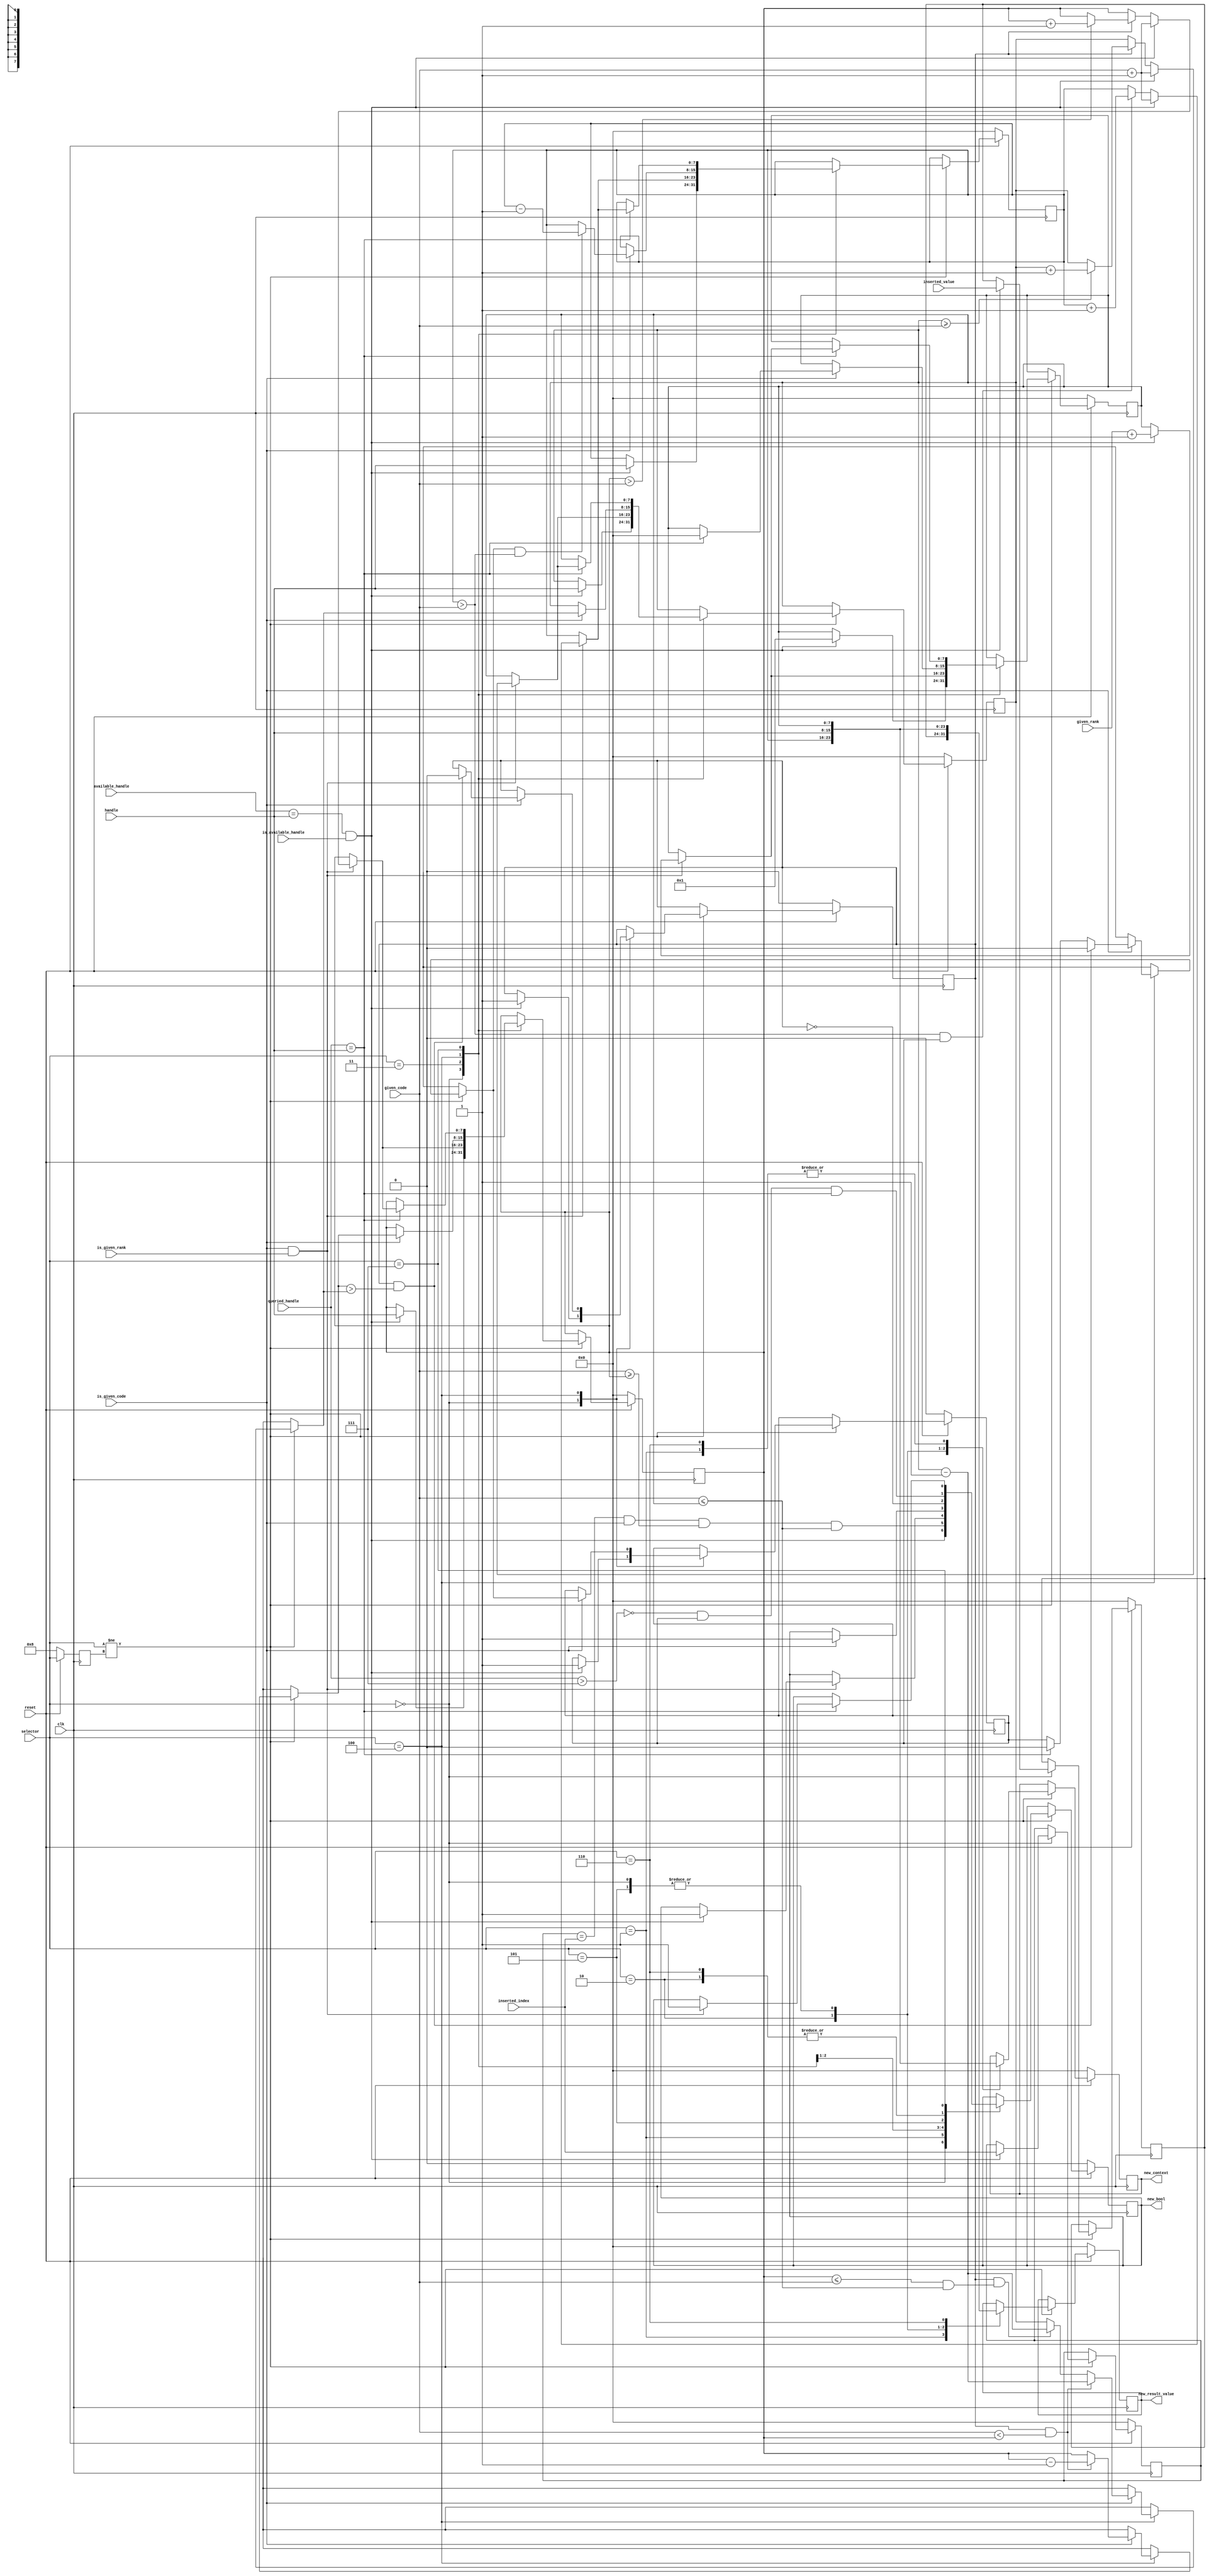
`timescale 1ns / 1ps
//////////////////////////////////////////////////////////////////////////////////
// Company: 
// Engineer: 
// 
// Design Name: 
// Module Name: MemoryCell
// Project Name: 
// Target Devices: 
// Tool Versions: 
// Description: 
// 
// Dependencies: 
// 
// Revision:
// Revision 0.01 - File Created
// Additional Comments:
// 
//////////////////////////////////////////////////////////////////////////////////


module MemoryCell(
        input[0:0] clk,
        input[0:0] reset,
        input[7:0] handle,
        input[7:0] queried_handle,
        input[0:0] is_available_handle,
        input[7:0] available_handle,
        input[7:0] inserted_index,
        input[7:0] inserted_value,
        input[0:0] is_given_code,
        input[7:0] given_code,
        input[0:0] is_given_rank,
        input[7:0] given_rank,
        input[7:0] selector,
        output reg[0:0] new_bool,
        output reg[7:0] new_result_value,
        output reg[7:0] new_context
    );
     
     reg[0:0] new_arrDef;
     reg[0:0] new_arrDef_next;
     reg[7:0] new_array_code; 
     reg[7:0] new_array_code_next;
     reg[0:0] new_eltDef;
     reg[0:0] new_eltDef_next;
     reg[7:0] new_rank;
     reg[7:0] new_rank_next;
     reg[7:0] new_low;
     reg[7:0] new_low_next;
     reg[7:0] new_high;
     reg[7:0] new_high_next;
     reg[7:0] new_index;
     reg[7:0] new_index_next;
     reg[7:0] new_value;
     reg[7:0] new_value_next;
     reg[0:0] new_bool_next;
     reg[7:0] new_result_value_next;
     reg[7:0] new_context_next;
     reg[7:0] prev_selector;
     reg[7:0] prev_selector_next;
     
    //Map
    // 0 : update  
    // 1 : lookUpScan    
    // 2: encode     
    // 3: congrueUp 
    // 4: congrueDown
    // 5: markAvailableCell
    // 6: enrank
    // 7: debug
     
     
     
    always @ (posedge clk)
        begin
                if (reset == 1'b0) begin
                    new_arrDef <= 1'b0;
                    new_array_code <= 0;
                    new_eltDef <= 1'b0;
                    new_rank <= 0;
                    new_low <= 0;
                    new_high <= 0;
                    new_index <= 0;
                    new_value <= 0;
                    
                    new_result_value <= 8'b0;
                    new_bool <= 1'b0;  
                    new_context <= 8'b0;
                    prev_selector <= 8'b1000;
                end else begin  
                      new_arrDef <= new_arrDef_next;
                      new_array_code <= new_array_code_next;
                      new_eltDef <= new_eltDef_next;
                      new_rank <= new_rank_next;
                      new_low <= new_low_next;
                      new_high <= new_high_next;
                      new_index <= new_index_next;
                      new_value <= new_value_next; 
                      new_bool <= new_bool_next;
                      new_result_value <= new_result_value_next;
                      new_context <= new_context_next;
                      prev_selector <= prev_selector_next;
               end
    end
                
    
    
    
    always @(*) begin
               new_arrDef_next = new_arrDef;
               new_array_code_next = new_array_code;
               new_eltDef_next = new_eltDef;
               new_low_next = new_low;
               new_high_next = new_high;
               new_value_next = new_value;
               new_index_next = new_index;
               new_rank_next = new_rank;
               new_bool_next = new_bool;
               new_result_value_next = new_result_value;
               new_context_next = new_context;
               prev_selector_next = selector; 
               if (selector != prev_selector) begin  
                    case (selector)
                        0: begin
                            new_bool_next = (available_handle == handle && is_available_handle);
                   
                            if (new_bool_next) begin  
                                new_arrDef_next = 1'b1;
                                new_array_code_next = handle;
                                new_eltDef_next = 1'b1;
                                new_low_next = handle;
                                new_high_next = handle;
                                new_value_next = inserted_value;
                                new_index_next = inserted_index;
                                new_rank_next = 1;
                            end   
                            new_result_value_next = handle;
                            new_context_next = handle;
                        end
                        
                        1: begin
                            new_bool_next = (new_index_next == inserted_index) && is_given_code && (given_code >= new_low_next) && (given_code <= new_high_next);
                            new_result_value_next = new_value_next;
                            new_context_next = new_rank_next;
                        
                        end
                   
                        2: begin
                            new_bool_next = (!(queried_handle > 7)) && (new_arrDef_next) && (queried_handle  == handle);
                            new_result_value_next = new_array_code_next;
                            new_context_next = new_array_code_next;
                        end
                        
                        3: begin
                            if (is_given_code && is_given_rank) begin 
                                if (available_handle == handle && is_available_handle) begin  
                                    new_bool_next = 1'b1; // allows so that output of this is equivalent to preceding op, update 
                                    new_array_code_next = given_code + 1;
                                    new_high_next = given_code + 1;
                                    new_low_next = given_code + 1;
                                    new_rank_next = given_rank + 1;
                                end else begin     
                                    if (new_array_code_next > given_code && new_arrDef_next) begin 
                                        new_array_code_next = new_array_code_next + 1;
                                    end
                                    if (new_eltDef_next) begin 
                                        if (new_low_next > given_code) begin 
                                            new_low_next = new_low_next + 1;
                                        end
                                        if (new_high_next >= given_code) begin 
                                            new_high_next = new_high_next + 1;
                                        end
                                    end
                                end
                            end
                        end
                        
                        4: begin
                            if (is_given_code) begin  
                                new_bool_next = 1'b1;
                                if (queried_handle == handle) begin    
                                    new_arrDef_next = 1'b0;
                                    new_rank_next = 0;
                                end
                           
                                if (new_eltDef_next && given_code < new_low_next) begin  
                                    new_high_next = new_high_next - 1;
                                    new_low_next = new_low_next - 1;
                                end else begin   
                                    if (new_eltDef_next && (new_low_next <= given_code && given_code <= new_high_next)) begin 
                                        new_high_next = new_high_next - 1;
                                    end
                                end
                                if (new_eltDef_next && new_low_next > new_high_next) begin 
                                    new_eltDef_next = 1'b0;
                                    new_arrDef_next = 1'b0;
                                end
                                if (new_arrDef_next && new_array_code_next > given_code) begin 
                                    new_array_code_next = new_array_code_next - 1;
                                end
    
                            end
                        end
                    
                        5: begin
                            new_bool_next = ! new_eltDef_next;
                            new_result_value_next = handle;
                            new_context_next = handle;
                        end
    
                        6: begin   
                            new_bool_next = (!(queried_handle > 7)) && (new_arrDef_next) && (queried_handle == handle);
                            new_result_value_next = new_rank_next;
                            new_context_next = new_rank_next;
                        end
                        
                        7: begin
                            if (queried_handle == handle) begin    
                                if (is_given_code && is_given_rank) begin 
                                    new_bool_next = 1'b1;
                                    if (available_handle == handle && is_available_handle) begin   
                                        new_array_code_next = given_code + 1;
                                        new_high_next = given_code + 1;
                                        new_low_next = given_code + 1;
                                        new_rank_next = given_rank + 1;
                                    end else begin     
                                        if (new_array_code_next > given_code && new_arrDef_next) begin 
                                            new_array_code_next = new_array_code_next + 1;
                                        end
                                        if (new_eltDef_next) begin 
                                            if (new_low_next > given_code) begin 
                                                new_low_next = new_low_next + 1;
                                            end
                                            if (new_high_next >= given_code) begin 
                                                new_high_next = new_high_next + 1;
                                            end
                                        end
                                    end
                                end
                            end
                        end           
                        
                        8: begin 
                            // no op selector 
                        end         
                endcase
               end 
           end

            
            
  
endmodule